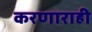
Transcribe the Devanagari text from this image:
करणाराही